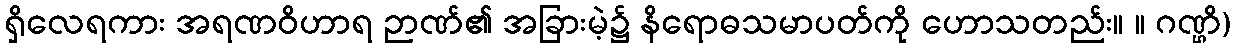
ရှိလေရကား အရဏဝိဟာရ ဉာဏ်၏ အခြားမဲ့၌ နိရောဓသမာပတ်ကို ဟောသတည်း။ ။ ဂဏ္ဌိ)